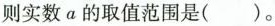
则实数a的取值范围是()。